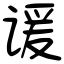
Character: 谖